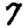
Digit: 7